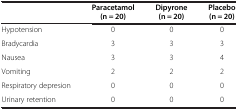
<table><thead><tr><td><b> </b></td><td><b>Paracetamol (n = 20)</b></td><td><b>Dipyrone (n = 20)</b></td><td><b>Placebo (n = 20)</b></td></tr></thead><tbody><tr><td>Hypotension</td><td>0</td><td>0</td><td>0</td></tr><tr><td>Bradycardia</td><td>3</td><td>3</td><td>3</td></tr><tr><td>Nausea</td><td>3</td><td>3</td><td>4</td></tr><tr><td>Vomiting</td><td>2</td><td>2</td><td>2</td></tr><tr><td>Respiratory depresion</td><td>0</td><td>0</td><td>0</td></tr><tr><td>Urinary retention</td><td>0</td><td>0</td><td>0</td></tr></tbody></table>